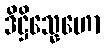
ဒိဋ္ဌိသ္နေဟော